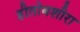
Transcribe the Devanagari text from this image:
हीतोबशीरा